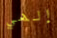
إلهي